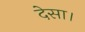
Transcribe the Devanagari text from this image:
देसा।